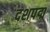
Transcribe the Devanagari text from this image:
दशपद्म